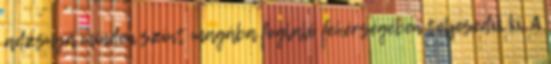
adzsnyá minden színt magába foglaló fehérségében teljesedik ki. A